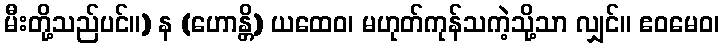
မီးတို့သည်ပင်။) န (ဟောန္တိ) ယထေဝ၊ မဟုတ်ကုန်သကဲ့သို့သာ လျှင်။ ဧဝမေဝ၊